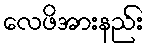
လေဖိအားနည်း